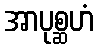
အာပုစ္ဆဟံ